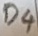
Text: D4